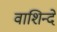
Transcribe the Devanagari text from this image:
वाशिन्दे